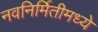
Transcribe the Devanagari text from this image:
नवनिर्मितीमध्‍ये